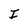
Character: I